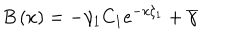
LaTeX: B \left( x \right) = - \gamma _ { 1 } C _ { 1 } e ^ { - x \xi _ { 1 } } + \overline { { { \gamma } } }